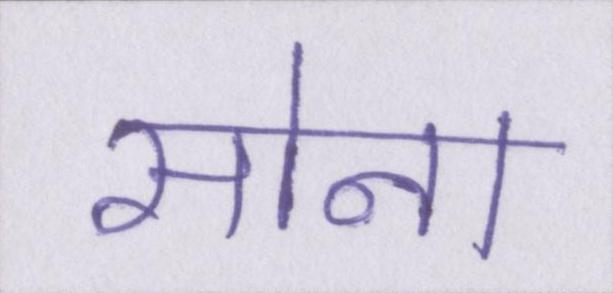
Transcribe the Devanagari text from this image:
सोना